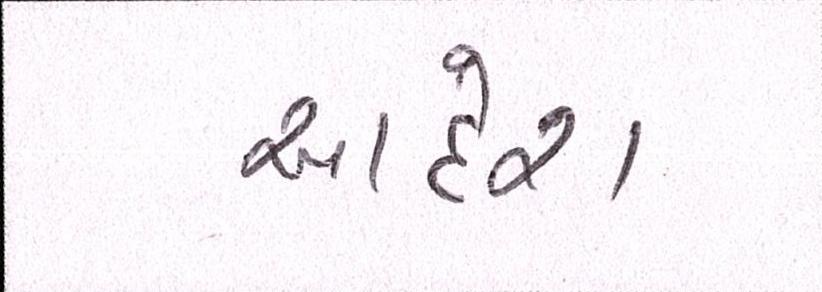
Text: આદેશ